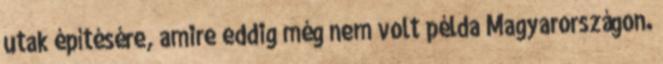
utak építésére, amire eddig még nem volt példa Magyarországon.